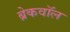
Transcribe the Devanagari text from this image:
ब्रेकवॉल